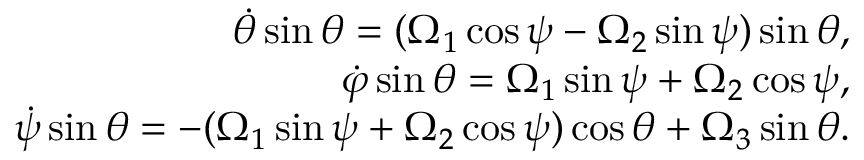
\begin{array} { r } { \dot { \theta } \sin \theta = ( \Omega _ { 1 } \cos \psi - \Omega _ { 2 } \sin \psi ) \sin \theta , } \\ { \dot { \varphi } \sin \theta = \Omega _ { 1 } \sin \psi + \Omega _ { 2 } \cos \psi , } \\ { \dot { \psi } \sin \theta = - ( \Omega _ { 1 } \sin \psi + \Omega _ { 2 } \cos \psi ) \cos \theta + \Omega _ { 3 } \sin \theta . } \end{array}